Indian journal of veterinary science and animal husbandry - Volumes 18-21, 1948-1951
Year: 1948
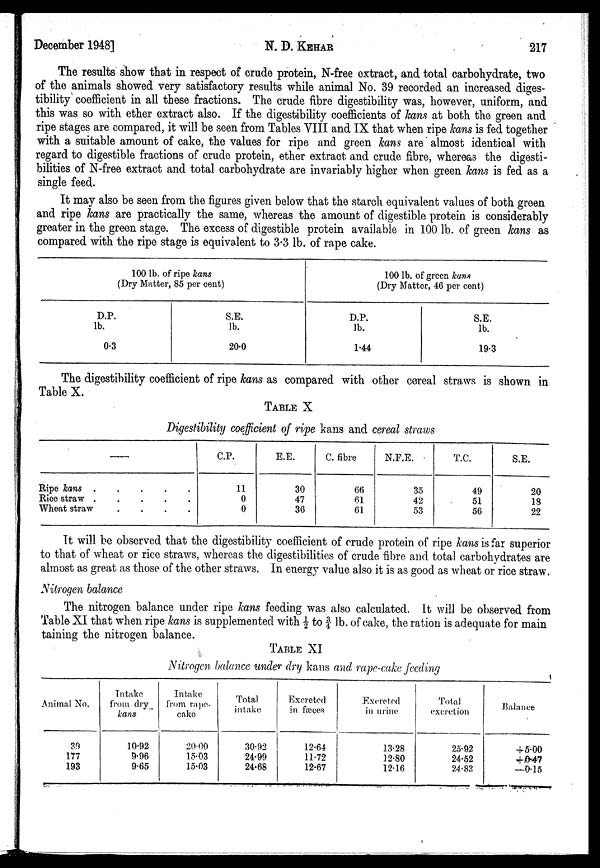
December 1948]
N. D. KEHAR
217
The results show that in respect of crude protein, N-free extract, and total carbohydrate, two
of the animals showed very satisfactory results while animal No. 39 recorded an increased diges-
tibility coefficient in all these fractions. The crude fibre digestibility was, however, uniform, and
this was so with ether extract also. If the digestibility coefficients of kans at both the green and
ripe stages are compared, it will be seen from Tables VIII and IX that when ripe kans is fed together
with a suitable amount of cake, the values for ripe and green kans are almost identical with
regard to digestible fractions of crude protein, ether extract and crude fibre, whereas the digesti-
bilities of N-free extract and total carbohydrate are invariably higher when green kans is fed as a
single feed.
It may also be seen from the figures given below that the starch equivalent values of both green
and ripe kans are practically the same, whereas the amount of digestible protein is considerably
greater in the green stage. The excess of digestible protein available in 100 lb. of green kans as
compared with the ripe stage is equivalent to 3.3 lb. of rape cake.
100 lb. of ripe kans
(Dry Matter, 85 per cent)
D.P.
lb.
0.3
S.E.
lb.
20.0
100 lb. of green kans
(Dry Matter, 46 per cent)
D.P.
lb.
1.44
S.E.
lb.
19.3
The digestibility coefficient of ripe kans as compared with other cereal straws is shown in
Table X.
TABLE X
Digestibility coefficient of ripe kans and cereal straws
—
Ripe kans
Rice straw
.
.
.
.
.
Wheat straw
.
.
.
.
C.P.
11
0
0
E.E.
30
47
36
C. fibre
66
61
61
N.F.E.
35
42
53
T.C.
49
51
56
S.E.
20
18
22
It will be observed that the digestibility coefficient of crude protein of ripe kans is far superior
to that of wheat or rice straws, whereas the digestibilities of crude fibre and total carbohydrates are
almost as great as those of the other straws. In energy value also it is as good as wheat or rice straw.
Nitrogen balance
The nitrogen balance under ripe kans feeding was also calculated. It will be observed from
Table XI that when ripe kans is supplemented with ½ to ¾ lb. of cake, the ration is adequate for main
taming the nitrogen balance.
TABLE XI
Nitrogen balance under dry kans and rape-cake feeding
Animal No.
39
177
193
Intake
from dry
kans
10.92
9.96
9.65
Intake
from rape
cake
20.00
15.03
15.03
Total
intake
30.92
24.99
24.68
Excreted
in fæces
12.64
11.72
12.67
Excreted
in urine
13.28
12.80
12.16
Total
excretion
25.92
24.52
24.83
Balance
+5.00
+0.47
—0.15